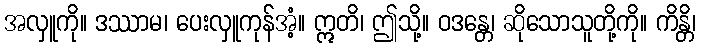
အလှူကို။ ဒဿာမ၊ ပေးလှူကုန်အံ့။ ဣတိ၊ ဤသို့။ ဝဒန္တေ၊ ဆိုသောသူတို့ကို။ ကိန္တိ၊